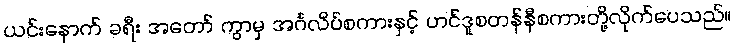
ယင်းနောက် ခရီး အတော် ကွာမှ အင်္ဂလိပ်စကားနှင့် ဟင်ဒူစတန်နီစကားတို့လိုက်ပေသည်။